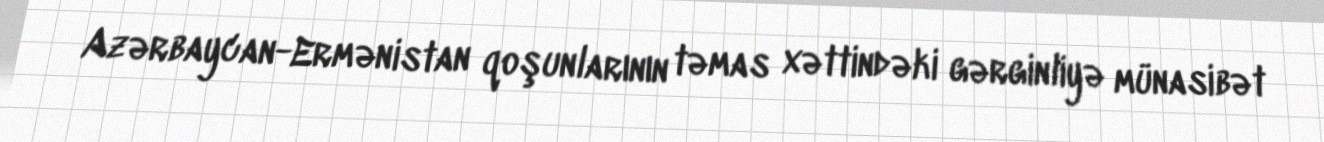
Azərbaycan-Ermənistan qoşunlarının təmas xəttindəki gərginliyə münasibət